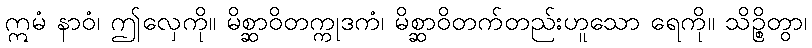
ဣမံ နာဝံ၊ ဤလှေကို။ မိစ္ဆာဝိတက္ကုဒကံ၊ မိစ္ဆာဝိတက်တည်းဟူသော ရေကို။ သိဉ္စိတွာ၊